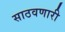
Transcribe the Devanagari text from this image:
साठवणारी